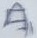
Text: A1